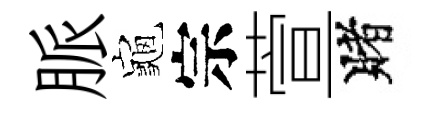
脈龜宗萱賭